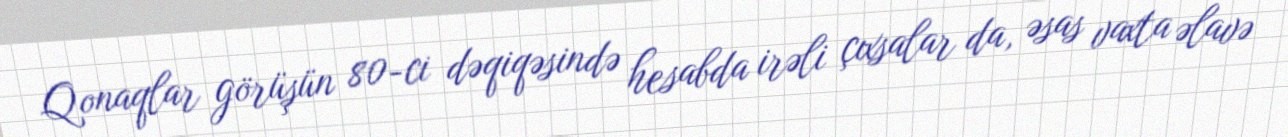
Qonaqlar görüşün 80-ci dəqiqəsində hesabda irəli çıxsalar da, əsas vaxta əlavə